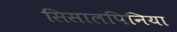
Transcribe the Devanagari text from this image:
सिसालपिनिया